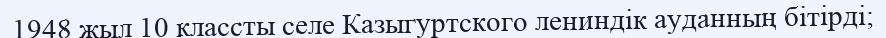
1948 жыл 10 классты селе Казыгуртского лениндік ауданның бітірді;